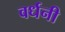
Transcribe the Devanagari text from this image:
वर्धनी